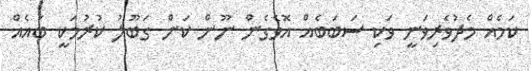
ކަމެއް މެދުވެރިވަނީ ވަކި ސަބަބެއް އޮވެގެން ނޫން ކަން ގަބޫލު ކުރުމަކީ ބައެއް